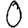
Digit: 0